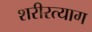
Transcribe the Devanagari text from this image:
शरीरत्याग